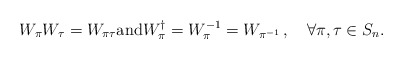
\begin{align*}W_\pi W_{\tau}=W_{\pi\tau}\mathrm{and}W_{\pi}^{\dagger}=W_{\pi}^{-1}=W_{\pi^{-1}}\,,\quad\forall \pi,\tau\in S_n.\end{align*}